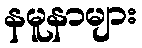
နမူနာများ